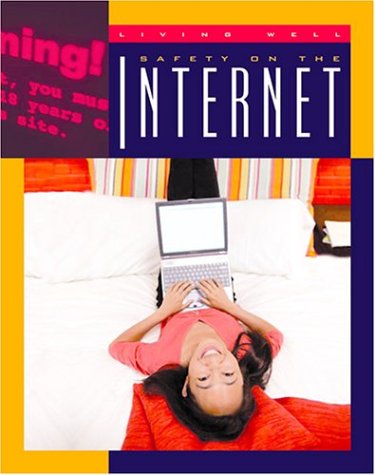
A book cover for Safety on the Internet (Living Well); Lucia Raatma; Children's Books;